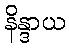
နိန္ဒာယ